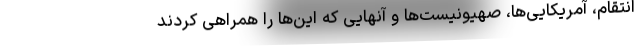
انتقام، آمریکایی‌ها، صهیونیست‌ها و آنهایی که این‌ها را همراهی کردند